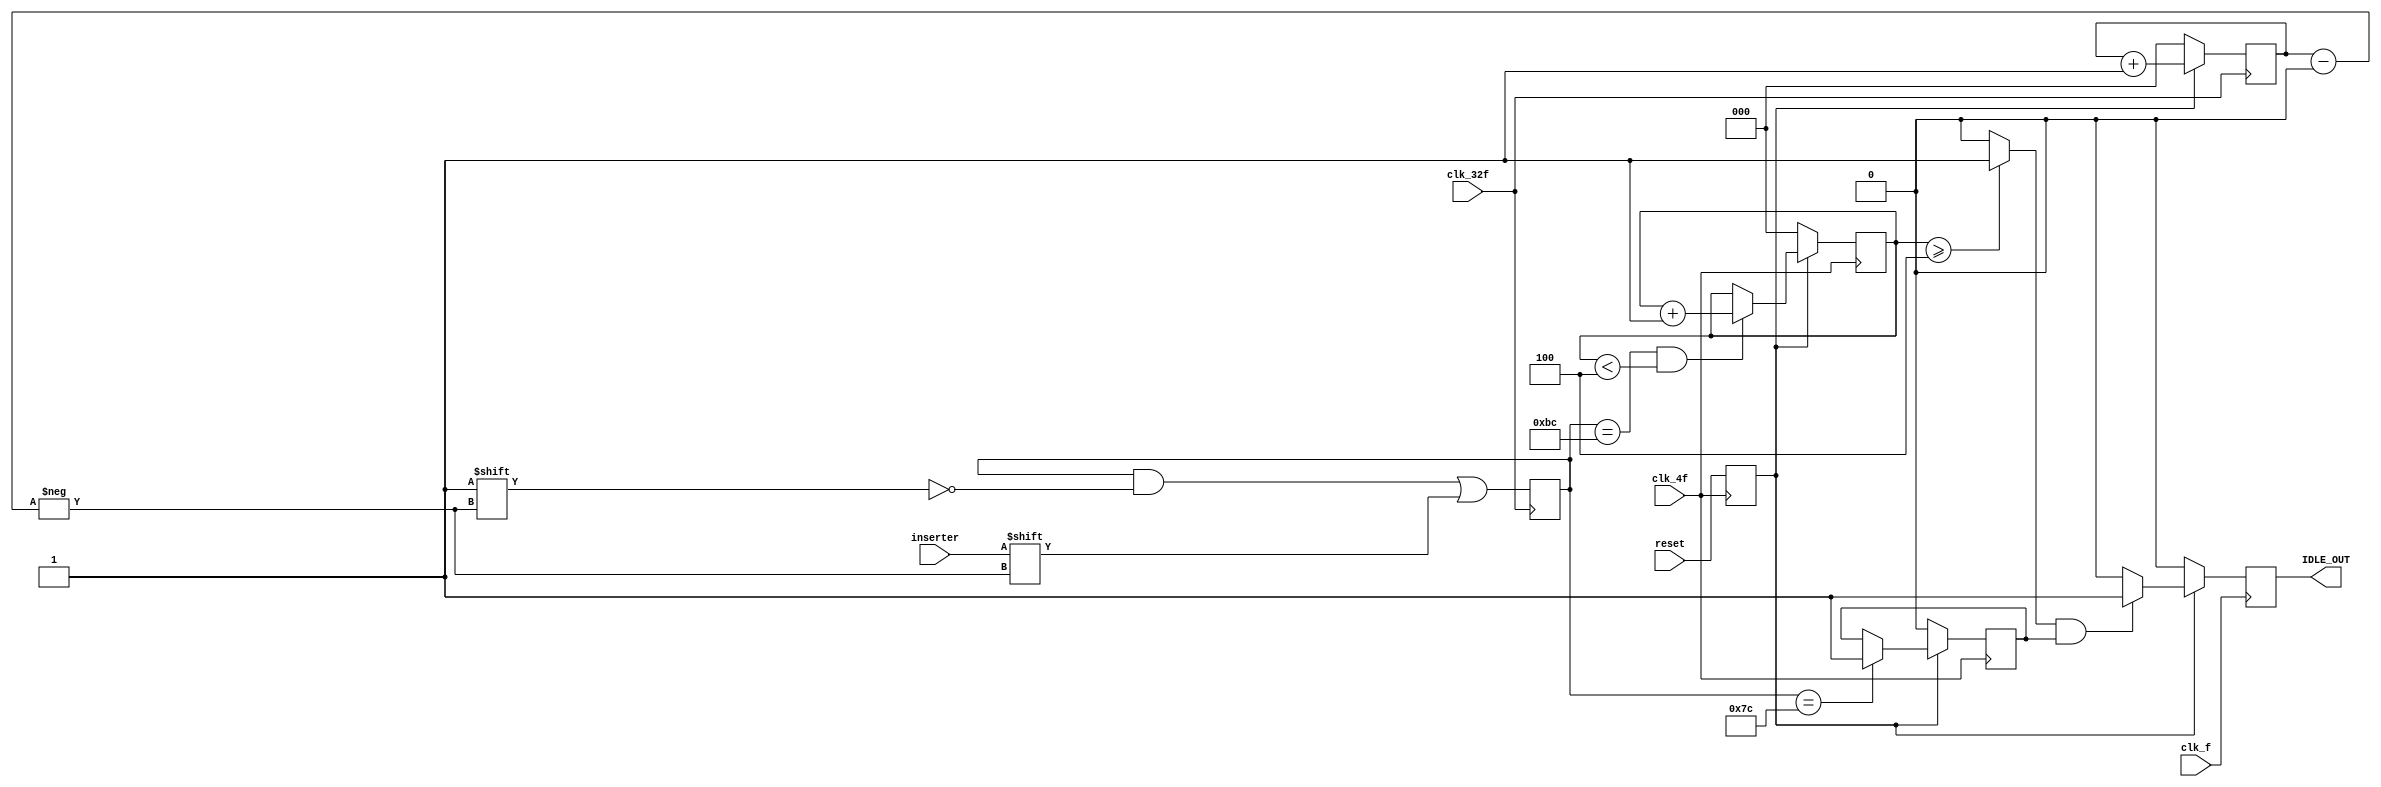
module serial_paralelo2( output reg IDLE_OUT,
			 input wire clk_f, clk_4f, clk_32f,
			 input wire reset, inserter );


   reg 				    reset_s, IDLE_OUT_N;
   reg 				    BC_counter4, idle_in;
   reg [2:0] 			    counter, BC_counter;
   reg [7:0] 			    container;
   
   
   always @( posedge clk_4f ) begin
      reset_s <= reset;
   end

   always @( posedge clk_32f ) begin
      if( reset_s ) begin
	 counter <= counter + 3'b001;
      end
      else begin
	 counter <= 3'b000;
      end
   end

   always @( negedge clk_32f ) begin
      container[counter] <= inserter;
   end

   // COMPORTAMIENTO DEL BC_counter
   always @( posedge clk_4f ) begin
      if( !reset_s ) begin
	 BC_counter <= 3'b000;
      end
      else begin
	 if( container == 8'hbc && BC_counter < 3'b100 ) begin
	    BC_counter <= BC_counter + 3'b001;
	 end
	 else begin
	    BC_counter <= BC_counter;
	 end
      end // else: !if( !reset_s )
   end // always @ ( posedge clk_4f )

   // LOGICA DE idle_in 
   always @( posedge clk_4f ) begin
      if( !reset_s ) begin
	 idle_in <= 1'b0;
      end
      else begin
	 if( container == 8'h7c ) begin
	    idle_in <= 1'b1;
	 end
	 else begin
	    idle_in <= idle_in;
	 end
      end // else: !if( !reset_s )
   end // always @ ( posedge clk_4f )
   
   // LOGICA DEL BC_counter4
   always @( * ) begin
      if( BC_counter >= 3'b100 ) begin
	 BC_counter4 = 1'b1;
      end
      else begin
	 BC_counter4 = 1'b0;
      end
   end
  
   // LOGICA DE IDLE_OUT
   
   always @( * ) begin
      if( BC_counter4 & idle_in ) begin
	 IDLE_OUT_N = 1'b1;
      end
      else begin
	 IDLE_OUT_N = 1'b0;
      end
   end

   always @( posedge clk_f ) begin
      if( reset_s ) begin
	 IDLE_OUT <= IDLE_OUT_N;
      end
      else begin
	 IDLE_OUT <= 1'b0;
      end
   end
   
   
endmodule // serial_paralelo2